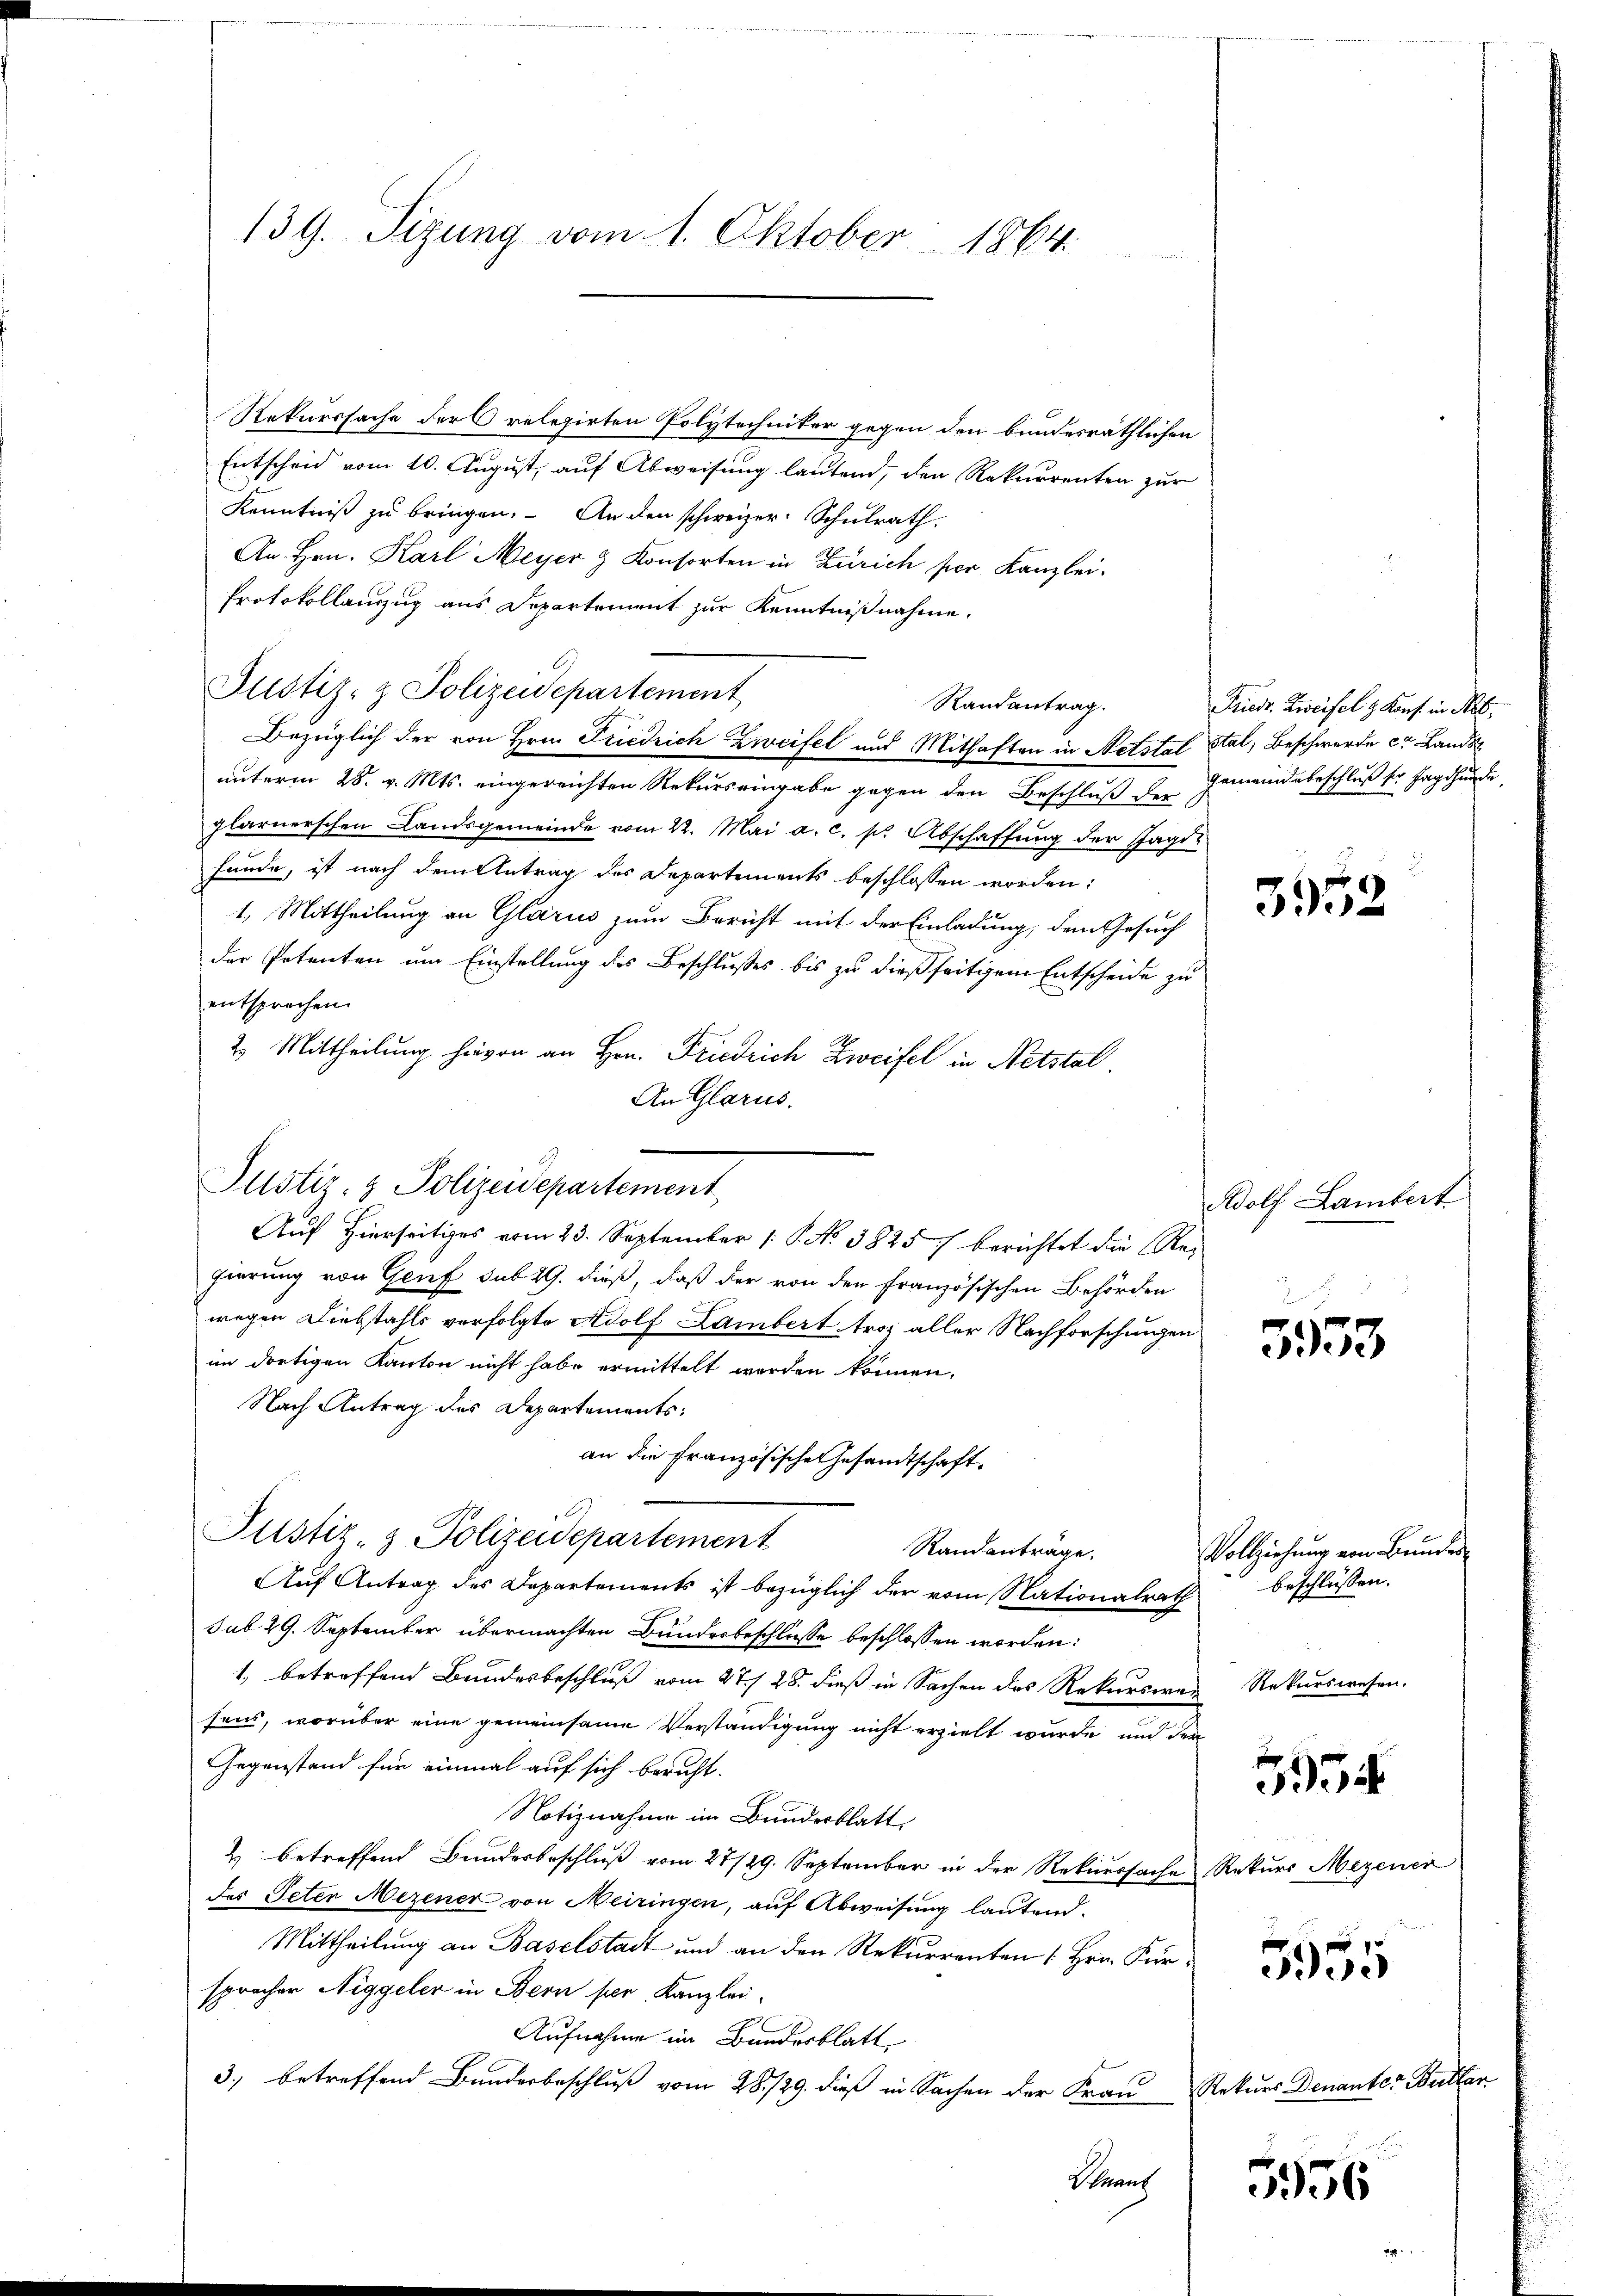
139. Sizung vom 1. Oktober 1864.

Rekurssache der relegirten Polytechniker gegen den bundesräthlichen
Entscheid vom 10. August, auf Abweisung lautend, den Rekurrenten zur
Kenntniß zu bringen. An den schweizer. Schulrath.
An Hrn. Karl Meyer & Konsorten in Zürich per Kanzlei.
Protokollauszug aus Departement zur Kenntnißnahme.
Justiz- & Polizeidepartement
unterm 28. v. Mts. eingereichten Rekurs eingabe gegen den Beschluß der Gemeindsbeschluß der Jagdhunde
glarnerschen Landsgemeinde vom 22. Mai a.c. s. Abschaffung der Jagi-
funde, ist nach dem Antrag des Departements beschlossen worden:
1. Mittheilung an Glarus zum Bericht mit der Einladung, dem Gesuch
der Petenten um Einstellung des Beschlußes bis zu dießseitigem Entscheide zu
entsprechen.
2. Mittheilung hievon an Hrn. Friedrich Zweifel in Netstal.
An Glarus.
gierung von Genf sub 29. dieß, daß der von den Französischen Behörden
wegen Diebstahls verfolgte Adolf Lambert troz aller Nachforschungen
im dortigen Kanton nicht habe ermittelt werden können,
Nach Antrag des Departements:
an die Französische Gesandtschaft.
Justiz- & Polizeidepartement
Randanträge.
Auf Antrag des Departements ist bezüglich der vom Nationalrath
sub 29. September übermachten Bundesbeschlusse beschlossen worden:
1, betreffend Bundesbeschluß vom 27. 28. dieß in Sachen des Rekurswan
sens, worüber eine gemeinsame Verständigung nicht erzielt wurde und der
Gegenstand für einmal auf sich beruht.
Notiznahme im Bundesblatt
& betreffend Bundesbeschluß vom 27/29. September in der Rekurssache Rekurs Mezener
des Peter Mezener von Meiringen, auf Abweisung lautend.
Mittheilŭng an Baselstadt und an den Rekŭrrenten Hrn. Für
sprochen Niggeler in Bern per, Kanzlei¬
Aufnahme im Bundesblatt,
3) betreffend Bundesbeschluß vom 28./29. dieß in Sachen der Frau
Schrans

Justiz- & Polizeidepartement,
Auf Hierseitiges vom 23. September 1 S. No. 3825/ berichtet die Re¬

Randantrag.
Bezüglich der von Hrn. Friedrich Zweifel und Mithaften in Netstal Stal, Beschwerde er Lands

Friedr. Zweifel & Konf. in Not

3952

Adolf Lambert

e
333

Vollziehung von Bundes
beschlüssen.
Rekurswesen.

s
5934

Rekurs Denanter Butter

5956